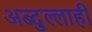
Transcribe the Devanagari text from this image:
अब्दुल्लाही